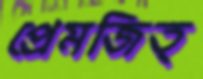
প্রেমজিত্